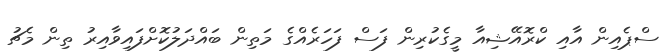
ސްޕެއިން އާއި ކްރޮއޭޝިއާ މީގެކުރިން ފަސް ފަހަރެއްގެ މަތިން ބައްދަލުކޮށްފައިވާއިރު ތިން މެޗު